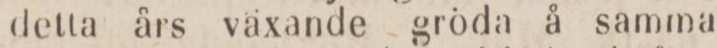
detta års växande gröda å samma